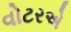
વોટરએ